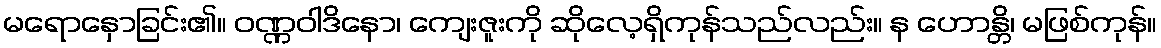
မရောနှောခြင်း၏။ ဝဏ္ဏဝါဒိနော၊ ကျေးဇူးကို ဆိုလေ့ရှိကုန်သည်လည်း။ န ဟောန္တိ၊ မဖြစ်ကုန်။